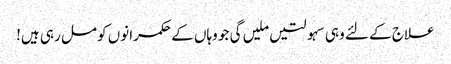
علاج کے لئے وہی سہولتیں ملیں گی جو وہاں کے حکمرانوں کو مل رہی ہیں!